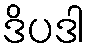
ဒိပဒါ